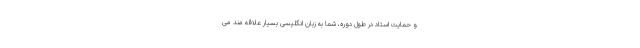
و حمایت استاد در طول دوره، شما به زبان انگلیسی بسیار علاقه مند می